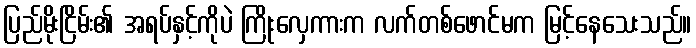
ပြည်မိုးငြိမ်း၏ အရပ်နှင့်ကိုပဲ ကြိုးလှေကားက လက်တစ်ဖောင်မက မြင့်နေသေးသည်။